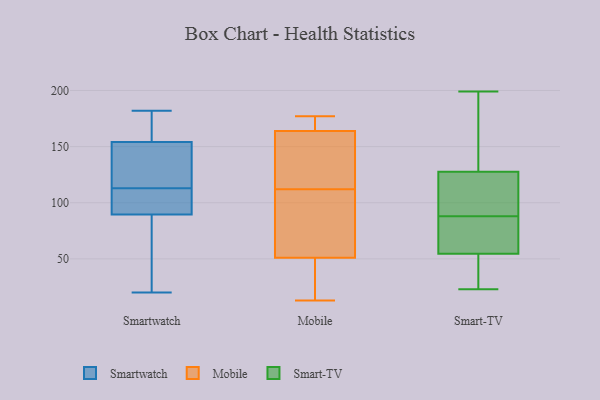
{"axis": {"x": "Revenue (USD Million)", "y": "Value"}, "legend": ["Mobile", "Smart-TV", "Smartwatch"], "data": [{"x": "", "y": 103, "type": "Smartwatch"}, {"x": "", "y": 20, "type": "Smartwatch"}, {"x": "", "y": 97, "type": "Smartwatch"}, {"x": "", "y": 182, "type": "Smartwatch"}, {"x": "", "y": 22, "type": "Smartwatch"}, {"x": "", "y": 113, "type": "Smartwatch"}, {"x": "", "y": 158, "type": "Smartwatch"}, {"x": "", "y": 87, "type": "Smartwatch"}, {"x": "", "y": 138, "type": "Smartwatch"}, {"x": "", "y": 142, "type": "Smartwatch"}, {"x": "", "y": 171, "type": "Smartwatch"}, {"x": "", "y": 164, "type": "Mobile"}, {"x": "", "y": 45, "type": "Mobile"}, {"x": "", "y": 127, "type": "Mobile"}, {"x": "", "y": 13, "type": "Mobile"}, {"x": "", "y": 61, "type": "Mobile"}, {"x": "", "y": 28, "type": "Mobile"}, {"x": "", "y": 164, "type": "Mobile"}, {"x": "", "y": 176, "type": "Mobile"}, {"x": "", "y": 100, "type": "Mobile"}, {"x": "", "y": 94, "type": "Mobile"}, {"x": "", "y": 27, "type": "Mobile"}, {"x": "", "y": 149, "type": "Mobile"}, {"x": "", "y": 149, "type": "Mobile"}, {"x": "", "y": 171, "type": "Mobile"}, {"x": "", "y": 51, "type": "Mobile"}, {"x": "", "y": 177, "type": "Mobile"}, {"x": "", "y": 79, "type": "Mobile"}, {"x": "", "y": 124, "type": "Mobile"}, {"x": "", "y": 100, "type": "Smart-TV"}, {"x": "", "y": 25, "type": "Smart-TV"}, {"x": "", "y": 76, "type": "Smart-TV"}, {"x": "", "y": 199, "type": "Smart-TV"}, {"x": "", "y": 47, "type": "Smart-TV"}, {"x": "", "y": 155, "type": "Smart-TV"}, {"x": "", "y": 135, "type": "Smart-TV"}, {"x": "", "y": 57, "type": "Smart-TV"}, {"x": "", "y": 88, "type": "Smart-TV"}, {"x": "", "y": 125, "type": "Smart-TV"}, {"x": "", "y": 61, "type": "Smart-TV"}, {"x": "", "y": 23, "type": "Smart-TV"}, {"x": "", "y": 111, "type": "Smart-TV"}]}